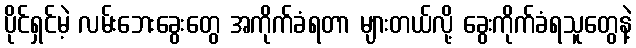
ပိုင်ရှင်မဲ့ လမ်းဘေးခွေးတွေ အကိုက်ခံရတာ များတယ်လို့ ခွေးကိုက်ခံရသူတွေနဲ့